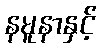
နမူနာနှင့်